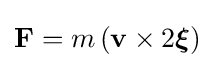
\mathbf {F} =m\left(\mathbf {v} \times 2{\boldsymbol {\xi }}\right)\,\!